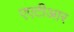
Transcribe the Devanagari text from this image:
एएटीआर